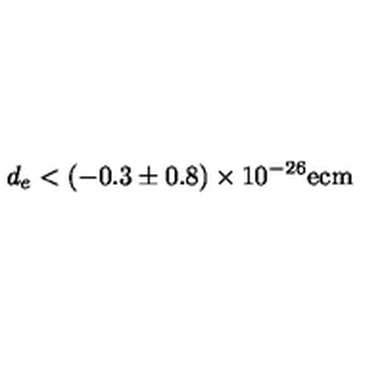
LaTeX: d _ { e } < ( - 0 . 3 \pm 0 . 8 ) \times 1 0 ^ { - 2 6 } \mathrm { e c m }